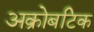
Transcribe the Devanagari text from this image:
अक्रोबटिक